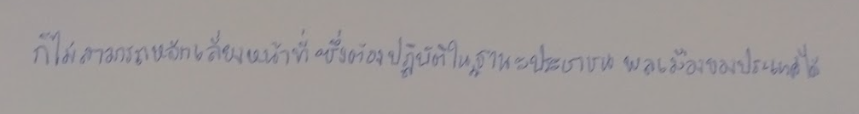
ก็ไม่สามารถหลีกเลี่ยงหน้าที่ซึ่งต้องปฏิบัติในฐานะประชาชนพลเมืองของประเทศได้